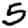
Digit: 5